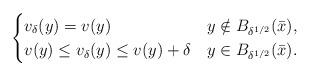
LaTeX: \begin{align*} \begin{cases}v_\delta(y)=v(y) & y\notin B_{\delta^{1/2}}(\bar x),\\ v(y)\leq v_\delta(y)\leq v(y)+\delta& y\in B_{\delta^{1/2}}(\bar x). \end{cases} \end{align*}